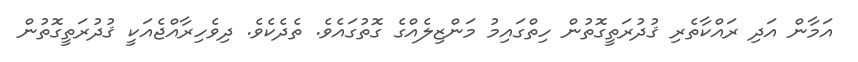
އަމާން އަދި ރައްކާތެރި ޤުދުރަތީގޮތުން ހިތްގައިމު މަންޒިލެއްގެ ގޮތުގައެވެ. ތެދެކެވެ. ދިވެހިރާއްޖެއަކީ ޤުދުރަތީގޮތުން